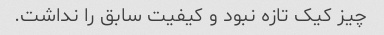
چیز کیک تازه نبود و کیفیت سابق را نداشت.